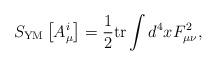
LaTeX: \begin{align*}S_{\rm YM}\left[A_\mu^i\right]=\frac12{\rm tr}\int d^4x F_{\mu\nu}^2,\end{align*}